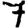
Digit: 7